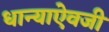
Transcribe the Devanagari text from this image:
धान्याऐवजी